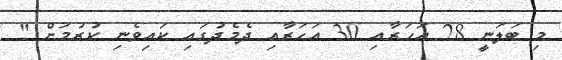
މި ބަލަނީ 28 އަހަރާއި 30 އަހަރާއި ދެމެދުގައި ކައިވެނި ކުރުމަށް "